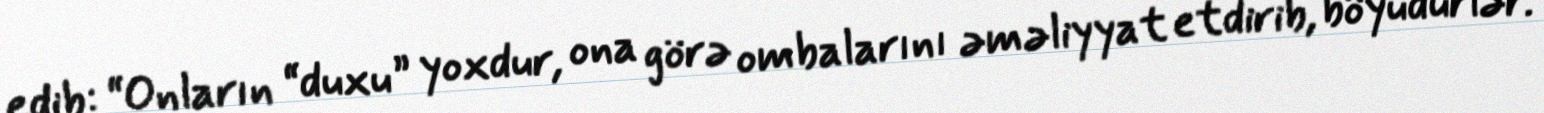
edib: “Onların “duxu” yoxdur, ona görə ombalarını əməliyyat etdirib, böyüdürlər.